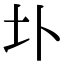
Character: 圤